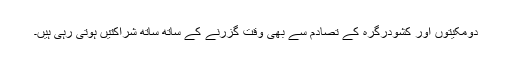
دومکیتوں اور کشودرگرہ کے تصادم سے بھی وقت گزرنے کے ساتھ ساتھ شراکتیں ہوتی رہی ہیں۔